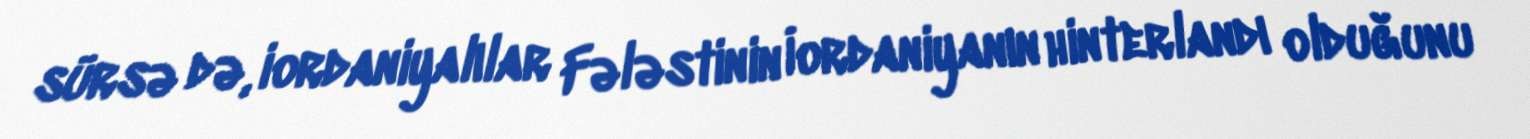
sürsə də, iordaniyalılar Fələstinin İordaniyanın hinterlandı olduğunu